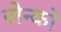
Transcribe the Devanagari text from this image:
जेन्को